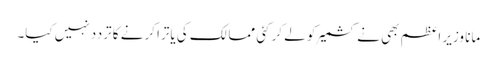
مانا وزیر اعظم بھی نے کشمیر کو لے کر کئی ممالک کی یاترا کرنے کا تردد نہیں کیا۔